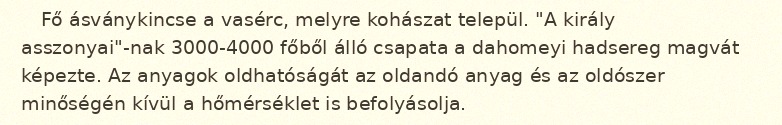
Fő ásványkincse a vasérc, melyre kohászat települ. "A király asszonyai"-nak 3000-4000 főből álló csapata a dahomeyi hadsereg magvát képezte. Az anyagok oldhatóságát az oldandó anyag és az oldószer minőségén kívül a hőmérséklet is befolyásolja.